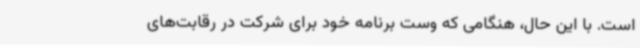
است. با این حال، هنگامی که وست برنامه خود برای شرکت در رقابت‌های